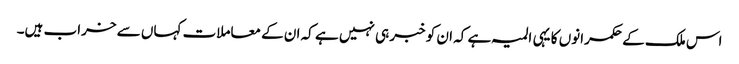
اس ملک کے حکمرانوں کا یہی المیہ ہے کہ ان کو خبر ہی نہیں ہے کہ ان کے معاملات کہاں سے خراب ہیں۔